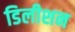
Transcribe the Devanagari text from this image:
डिलीशन